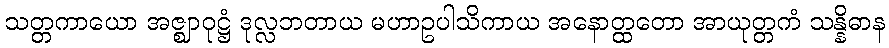
သတ္တကာယော အဇ္ဈာဝုဋ္ဌံ ဒုလ္လဘတာယ မဟာဥပါသိကာယ အနောတ္ထတော အာယုတ္တကံ သန္နိဓာန